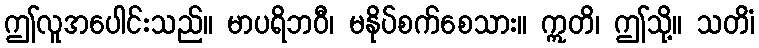
ဤလူအပေါင်းသည်။ မာပရိဘဝီ၊ မနိုပ်စက်စေသား။ ဣတိ၊ ဤသို့။ သတိံ၊